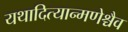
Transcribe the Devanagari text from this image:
यथादित्यान्मणेश्चैव